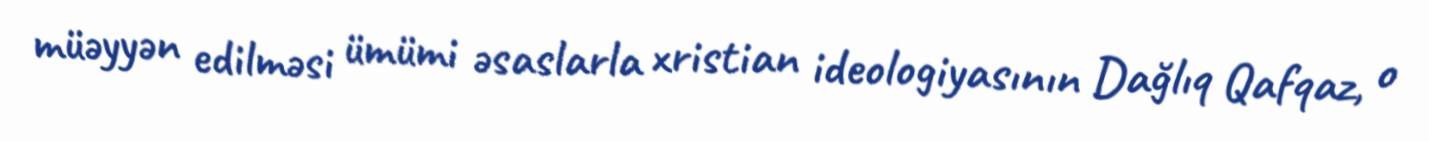
müəyyən edilməsi ümümi əsaslarla xristian ideologiyasının Dağlıq Qafqaz, o